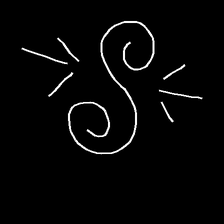
Glyph: wind-directs-air